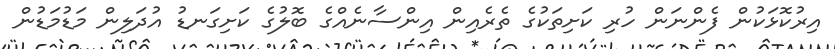
އިރުކޮޅަކުން ފެންނަން ހުރި ކަށިތަކުގެ ތެރެއިން އިންސާނެއްގެ ބޮލުގެ ކަށިގަނޑު އުދަލިން މަޑުމަޑުން